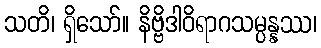
သတိ၊ ရှိသော်။ နိဗ္ဗိဒါဝိရာဂသမ္ပန္နဿ၊